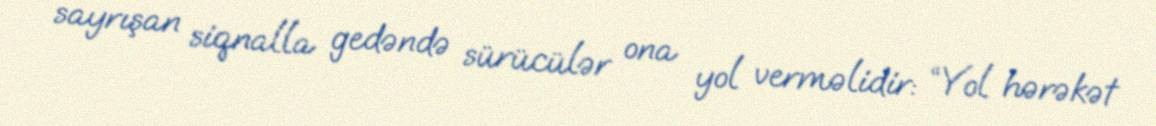
sayrışan siqnalla gedəndə sürücülər ona yol verməlidir: “Yol hərəkət